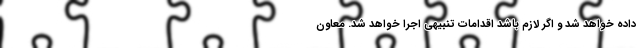
داده خواهد شد و اگر لازم باشد اقدامات تنبیهی اجرا خواهد شد. معاون